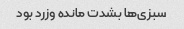
سبزی‌ها بشدت مانده وزرد بود